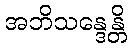
အဘိသန္ဒေန္တိ